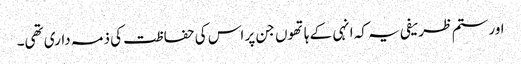
اور ستم ظریفی یہ کہ انہی کے ہاتھوں جن پر اس کی حفاظت کی ذمہ داری تھی۔